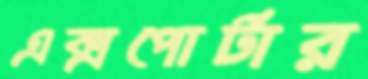
এক্সপোর্টার